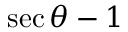
\sec \theta - 1